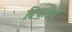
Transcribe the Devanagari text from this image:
विचब्रिड